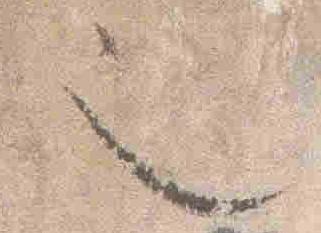
也